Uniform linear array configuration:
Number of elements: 32
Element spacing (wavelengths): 0.5
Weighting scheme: kaiser
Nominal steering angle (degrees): -30
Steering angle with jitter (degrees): -31.174
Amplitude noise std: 0.05
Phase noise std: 0.05

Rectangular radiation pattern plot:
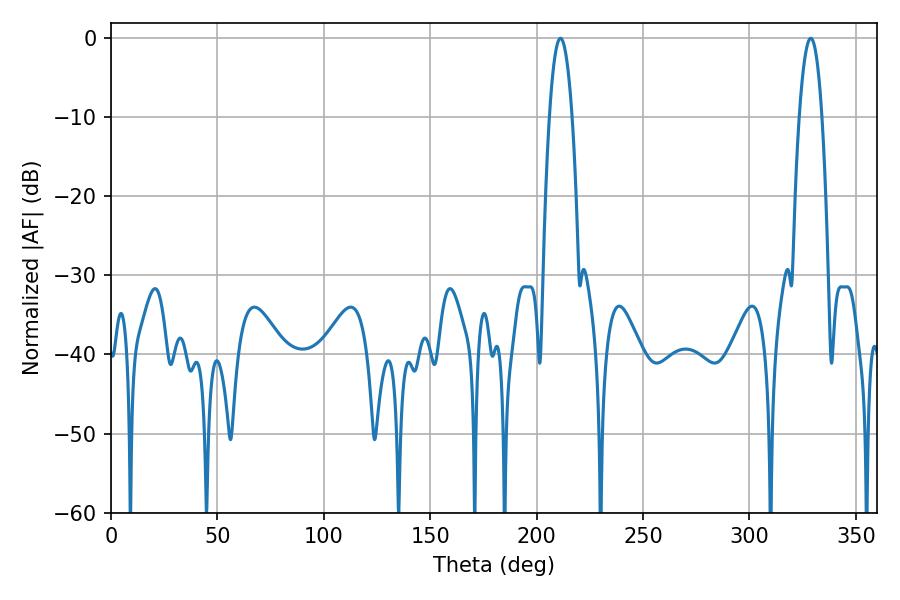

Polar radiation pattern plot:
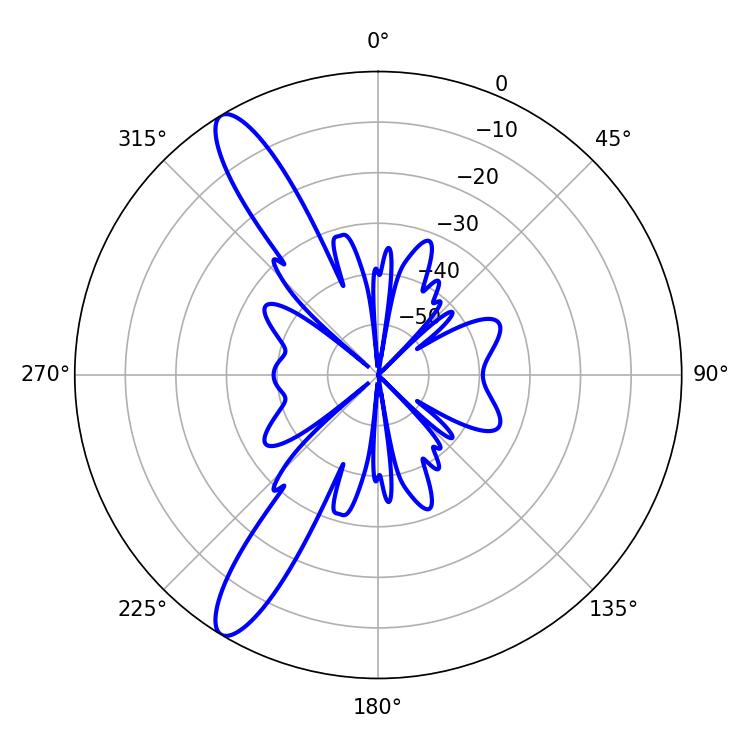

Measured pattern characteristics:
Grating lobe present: FALSE
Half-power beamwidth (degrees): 5.94
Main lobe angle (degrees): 211.14